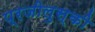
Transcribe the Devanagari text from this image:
प्रजीलुस्की